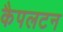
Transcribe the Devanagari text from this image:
कैपलटन